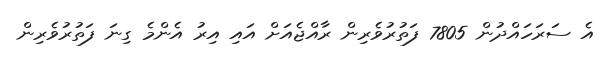
އެ ސަރަހައްދުން 7805 ފަތުރުވެރިން ރާއްޖެއަށް އައި އިރު އެންމެ ގިނަ ފަތުރުވެރިން